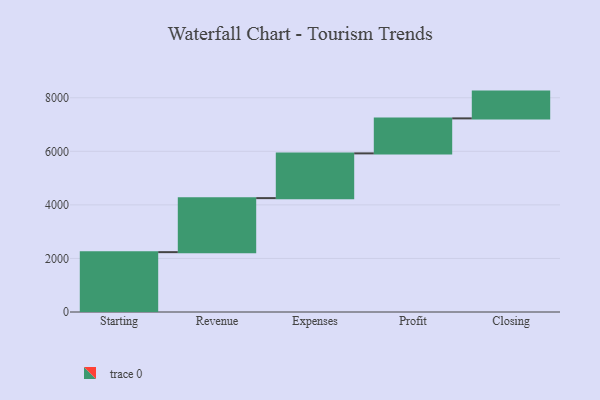
{"axis": {"x": "Step", "y": "Value"}, "legend": [""], "data": [{"x": "Starting", "y": 2235.0, "type": ""}, {"x": "Revenue", "y": 2017.0, "type": ""}, {"x": "Expenses", "y": 1671.0, "type": ""}, {"x": "Profit", "y": 1307.0, "type": ""}, {"x": "Closing", "y": 1000, "type": ""}]}